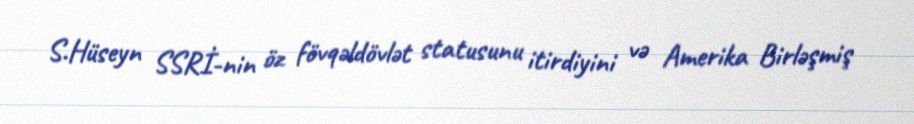
S.Hüseyn SSRİ-nin öz fövqəldövlət statusunu itirdiyini və Amerika Birləşmiş